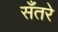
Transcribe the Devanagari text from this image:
सँतरे